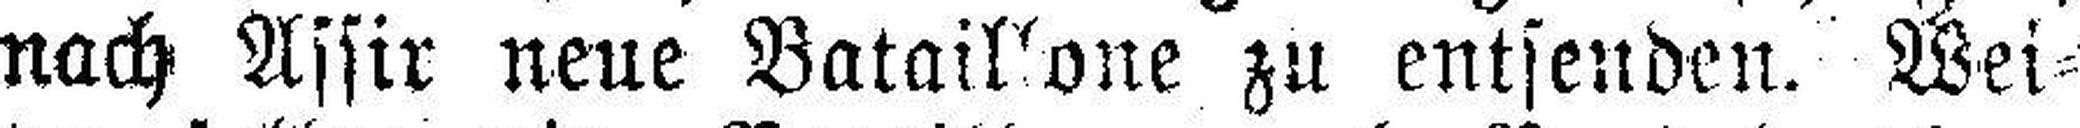
nach Assir neue Bataillone zu entsenden. Wei¬